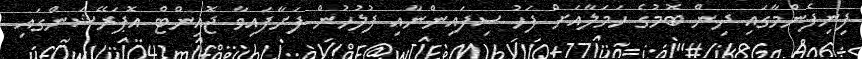
ފިނިފެންމާގައި ދިން ބޮމުގެ ހަމަލާއަށް ފަހު ސިފައިންނާއި ފުލުހުން ފަށާފައިވާ ޖޮއިންޓް އޮޕަރޭޝަންގައި